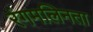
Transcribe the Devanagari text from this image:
रंगमलिनता